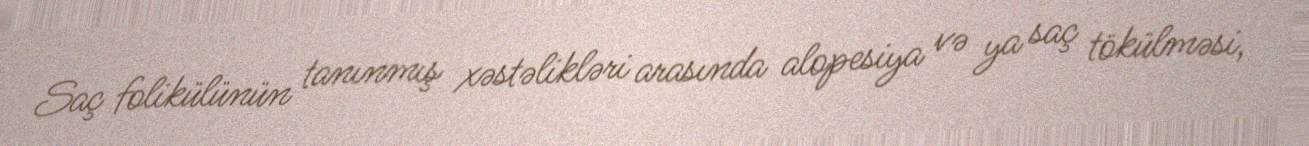
Saç folikülünün tanınmış xəstəlikləri arasında alopesiya və ya saç tökülməsi,